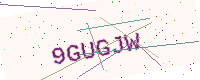
Text: 9GUGJW